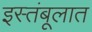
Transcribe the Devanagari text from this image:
इस्तंबूलात